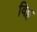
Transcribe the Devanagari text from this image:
विट्ट